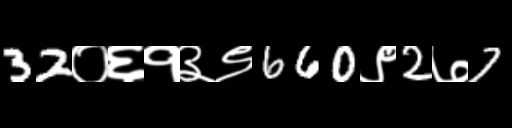
Text: 32०६१३९660९2७7